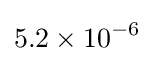
5.2\times 10^{-6}